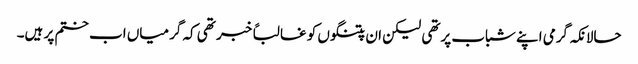
حالانکہ گرمی اپنے شباب پرتھی لیکن ان پتنگوں کو غالباً خبر تھی کہ گرمیاں اب ختم پر ہیں۔